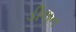
ડીલન